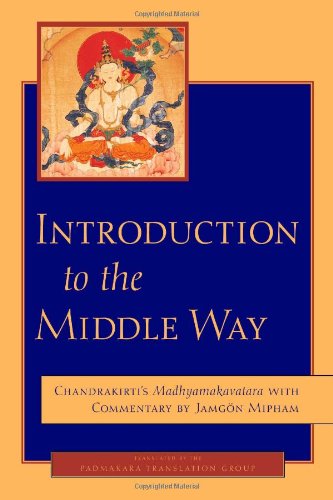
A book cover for Introduction to the Middle Way: Chandrakirti's Madhyamakavatara with Commentary by Ju Mipham; Chandrakirti; Religion & Spirituality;